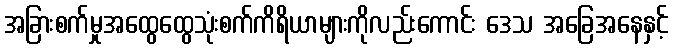
အခြားစက်မှုအထွေထွေသုံးစက်ကိရိယာများကိုလည်းကောင်း ဒေသ အခြေအနေနှင့်